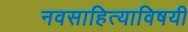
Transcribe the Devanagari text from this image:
नवसाहित्याविषयी